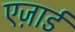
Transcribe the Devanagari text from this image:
एज़ार्ड